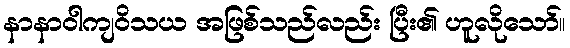
နာနာဝါကျဝိသယ အဖြစ်သည်လည်း ပြီး၏ ဟူလိုသော်။